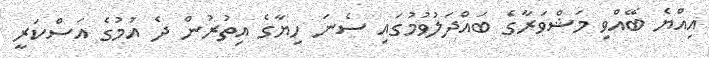
އިއްޔެ ބޭއްވި މަޝްވަރާގެ ބައްދަލުވުމުގައި ސެނަ ހިޔާގެ އިތުރުން ދެ އުމުގެ އަސްކަރީ